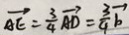
\overrightarrow { A E } = \frac { 3 } { 4 } \overrightarrow { A D } = \frac { 3 } { 4 } \overrightarrow { b }